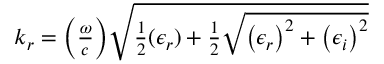
\begin{array} { r } { k _ { r } = \bigg ( \frac { \omega } { c } \bigg ) \sqrt { \frac { 1 } { 2 } ( \epsilon _ { r } ) + \frac { 1 } { 2 } \sqrt { \big ( \epsilon _ { r } \big ) ^ { 2 } + \big ( \epsilon _ { i } \big ) ^ { 2 } } } } \end{array}